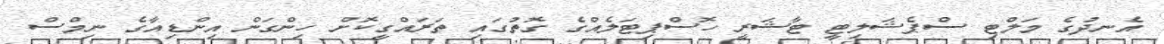
އެނދުގެ މަލްޓި ސްޕެޝަލިޓީ ޓާޝަރީ ހޮސްޕިޓަލެއްގެ ގޮތުގައި ތަރައްގީކޮށް ހިންގަން އިންޑިއާގެ ނިމްސް